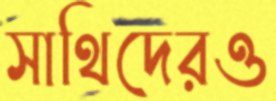
সাথিদেরও